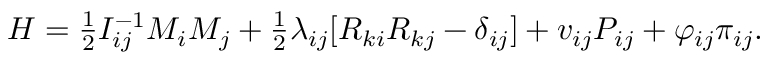
\begin{array} { r } { H = \frac 1 2 I _ { i j } ^ { - 1 } M _ { i } M _ { j } + \frac 1 2 \lambda _ { i j } [ R _ { k i } R _ { k j } - \delta _ { i j } ] + v _ { i j } P _ { i j } + \varphi _ { i j } \pi _ { i j } . } \end{array}